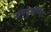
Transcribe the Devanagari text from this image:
यमदुतांना